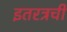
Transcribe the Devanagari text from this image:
इतरत्रची